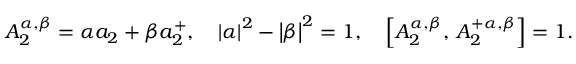
A _ { 2 } ^ { \alpha , \beta } = \alpha a _ { 2 } + \beta a _ { 2 } ^ { + } , \quad \left| \alpha \right| ^ { 2 } - \left| \beta \right| ^ { 2 } = 1 , \quad \left[ A _ { 2 } ^ { \alpha , \beta } , \, A _ { 2 } ^ { + \alpha , \beta } \right] = 1 .